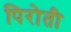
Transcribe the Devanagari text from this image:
पिरोती